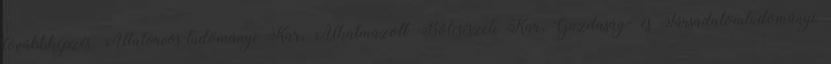
továbbképzés, Állatorvos-tudományi Kar, Alkalmazott Bölcsészeti Kar, Gazdaság- és Társadalomtudományi